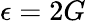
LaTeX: \epsilon=2G